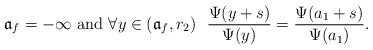
\begin{align*}\mathfrak{a}_f=-\infty \hbox{ and } \forall y \in (\mathfrak{a}_f,r_2)\ \ \frac{\Psi(y+s)}{\Psi(y)}=\frac{\Psi(a_1+s)}{\Psi(a_1)}.\end{align*}